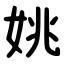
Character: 姚